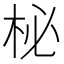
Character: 柲